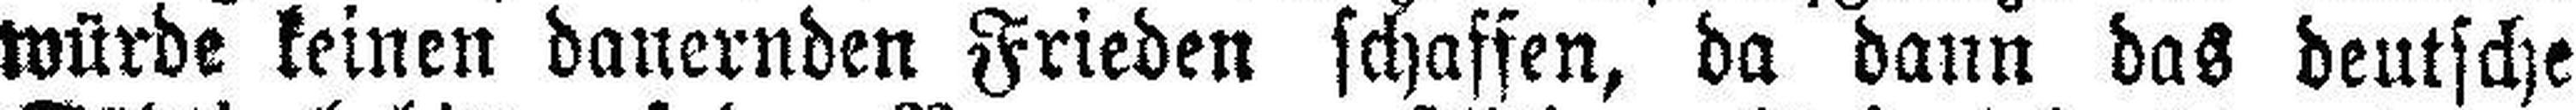
würde keinen dauernden Frieden schaffen, da dann das deutsche